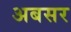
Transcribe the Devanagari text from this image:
अबसर